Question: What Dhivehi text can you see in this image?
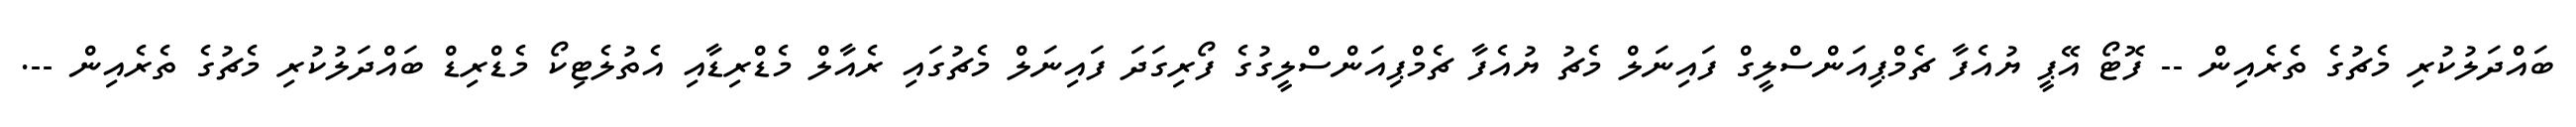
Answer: ބައްދަލުކުރި މެޗުގެ ތެރެއިން -- ފޮޓޯ އޭޕީ ޔުއެފާ ޗެމްޕިއަންސްލީގް ފައިނަލް މެޗު ޔުއެފާ ޗެމްޕިއަންސްލީގުގެ ފޯރިގަދަ ފައިނަލް މެޗުގައި ރެއާލް މެޑްރިޑާއި އެތުލެޓިކޯ މެޑްރިޑް ބައްދަލުކުރި މެޗުގެ ތެރެއިން --.